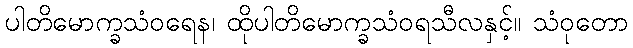
ပါတိမောက္ခသံဝရေန၊ ထိုပါတိမောက္ခသံဝရသီလနှင့်။ သံဝုတော